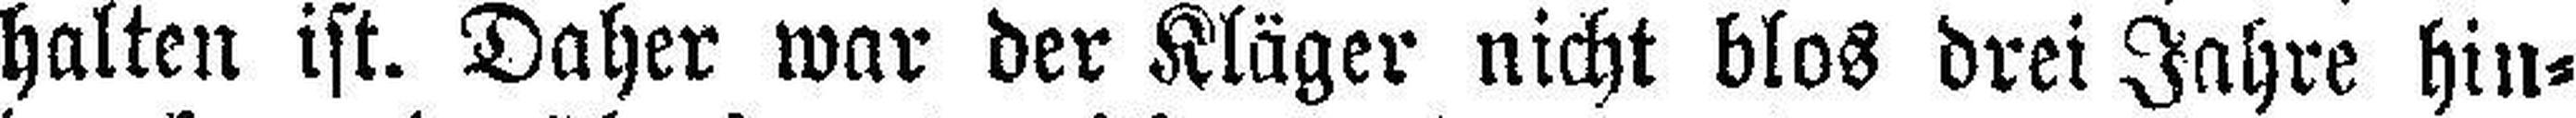
halten ist. Daher war der Kläger nicht blos drei Jahre hin¬